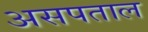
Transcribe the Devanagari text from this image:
असपताल